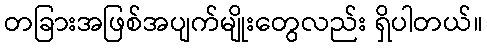
တခြားအဖြစ်အပျက်မျိုးတွေလည်း ရှိပါတယ်။